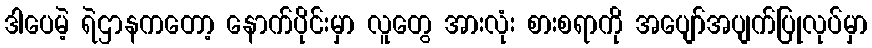
ဒါပေမဲ့ ရဲဌာနကတော့ နောက်ပိုင်းမှာ လူတွေ အားလုံး စားစရာကို အပျော်အပျက်ပြုလုပ်မှာ